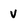
Character: V